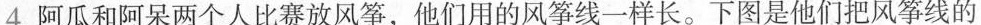
4.阿瓜和阿呆两个人比赛放风筝，他们用的风筝线一样长。下图是他们把风筝线的